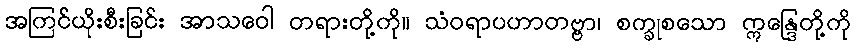
အကြင်ယိုးစီးခြင်း အာသဝေါ တရားတို့ကို။ သံဝရာပဟာတဗ္ဗာ၊ စက္ခုစသော ဣန္ဒြေတို့ကို